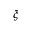
\xi